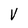
Character: V